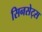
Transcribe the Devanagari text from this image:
सिनसेट्स